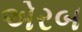
એરબ